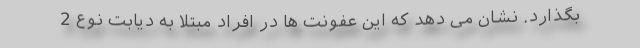
بگذارد. نشان می دهد که این عفونت ها در افراد مبتلا به دیابت نوع 2